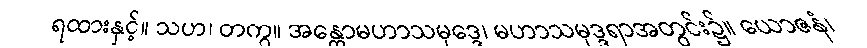
ရထားနှင့်။ သဟ၊ တကွ။ အန္တောမဟာသမုဒ္ဒေ၊ မဟာသမုဒ္ဒရာအတွင်း၌။ ယောဇနံ၊